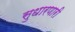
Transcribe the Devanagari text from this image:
सुधारणारी